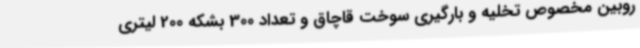
روبین مخصوص تخلیه و بارگیری سوخت قاچاق و تعداد 300 بشکه 200 لیتری